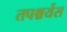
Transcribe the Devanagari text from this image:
तपश्चर्येस